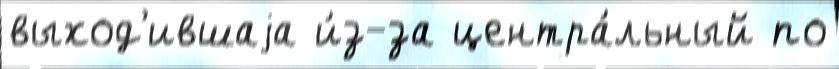
выход'ившаjа и́з-за центра́льный по